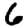
Digit: 6